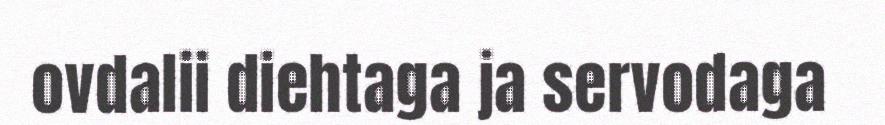
ovdalii diehtaga ja servodaga